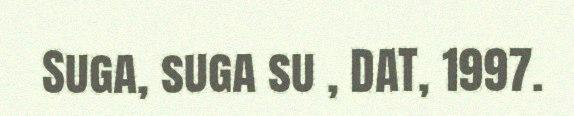
Suga, suga su , DAT, 1997.